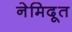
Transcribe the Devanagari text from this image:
नेमिदूत